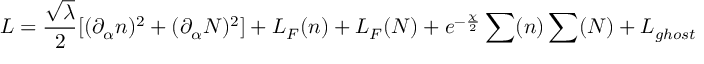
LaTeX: L = \frac { \sqrt { \lambda } } { 2 } [ ( \partial _ { \alpha } n ) ^ { 2 } + ( \partial _ { \alpha } N ) ^ { 2 } ] + L _ { F } ( n ) + L _ { F } ( N ) + e ^ { - \frac { \chi } { 2 } } \sum ( n ) \sum ( N ) + L _ { g h o s t }